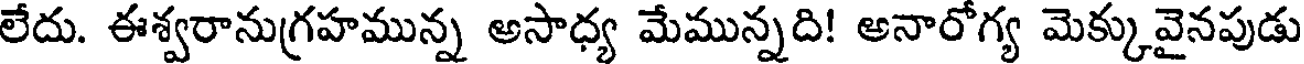
లేదు. ఈశ్వరానుగ్రహమున్న అసాధ్య మేమున్నది! అనారోగ్య మెక్కువైనపుడు